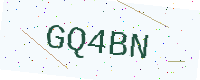
Text: GQ4BN